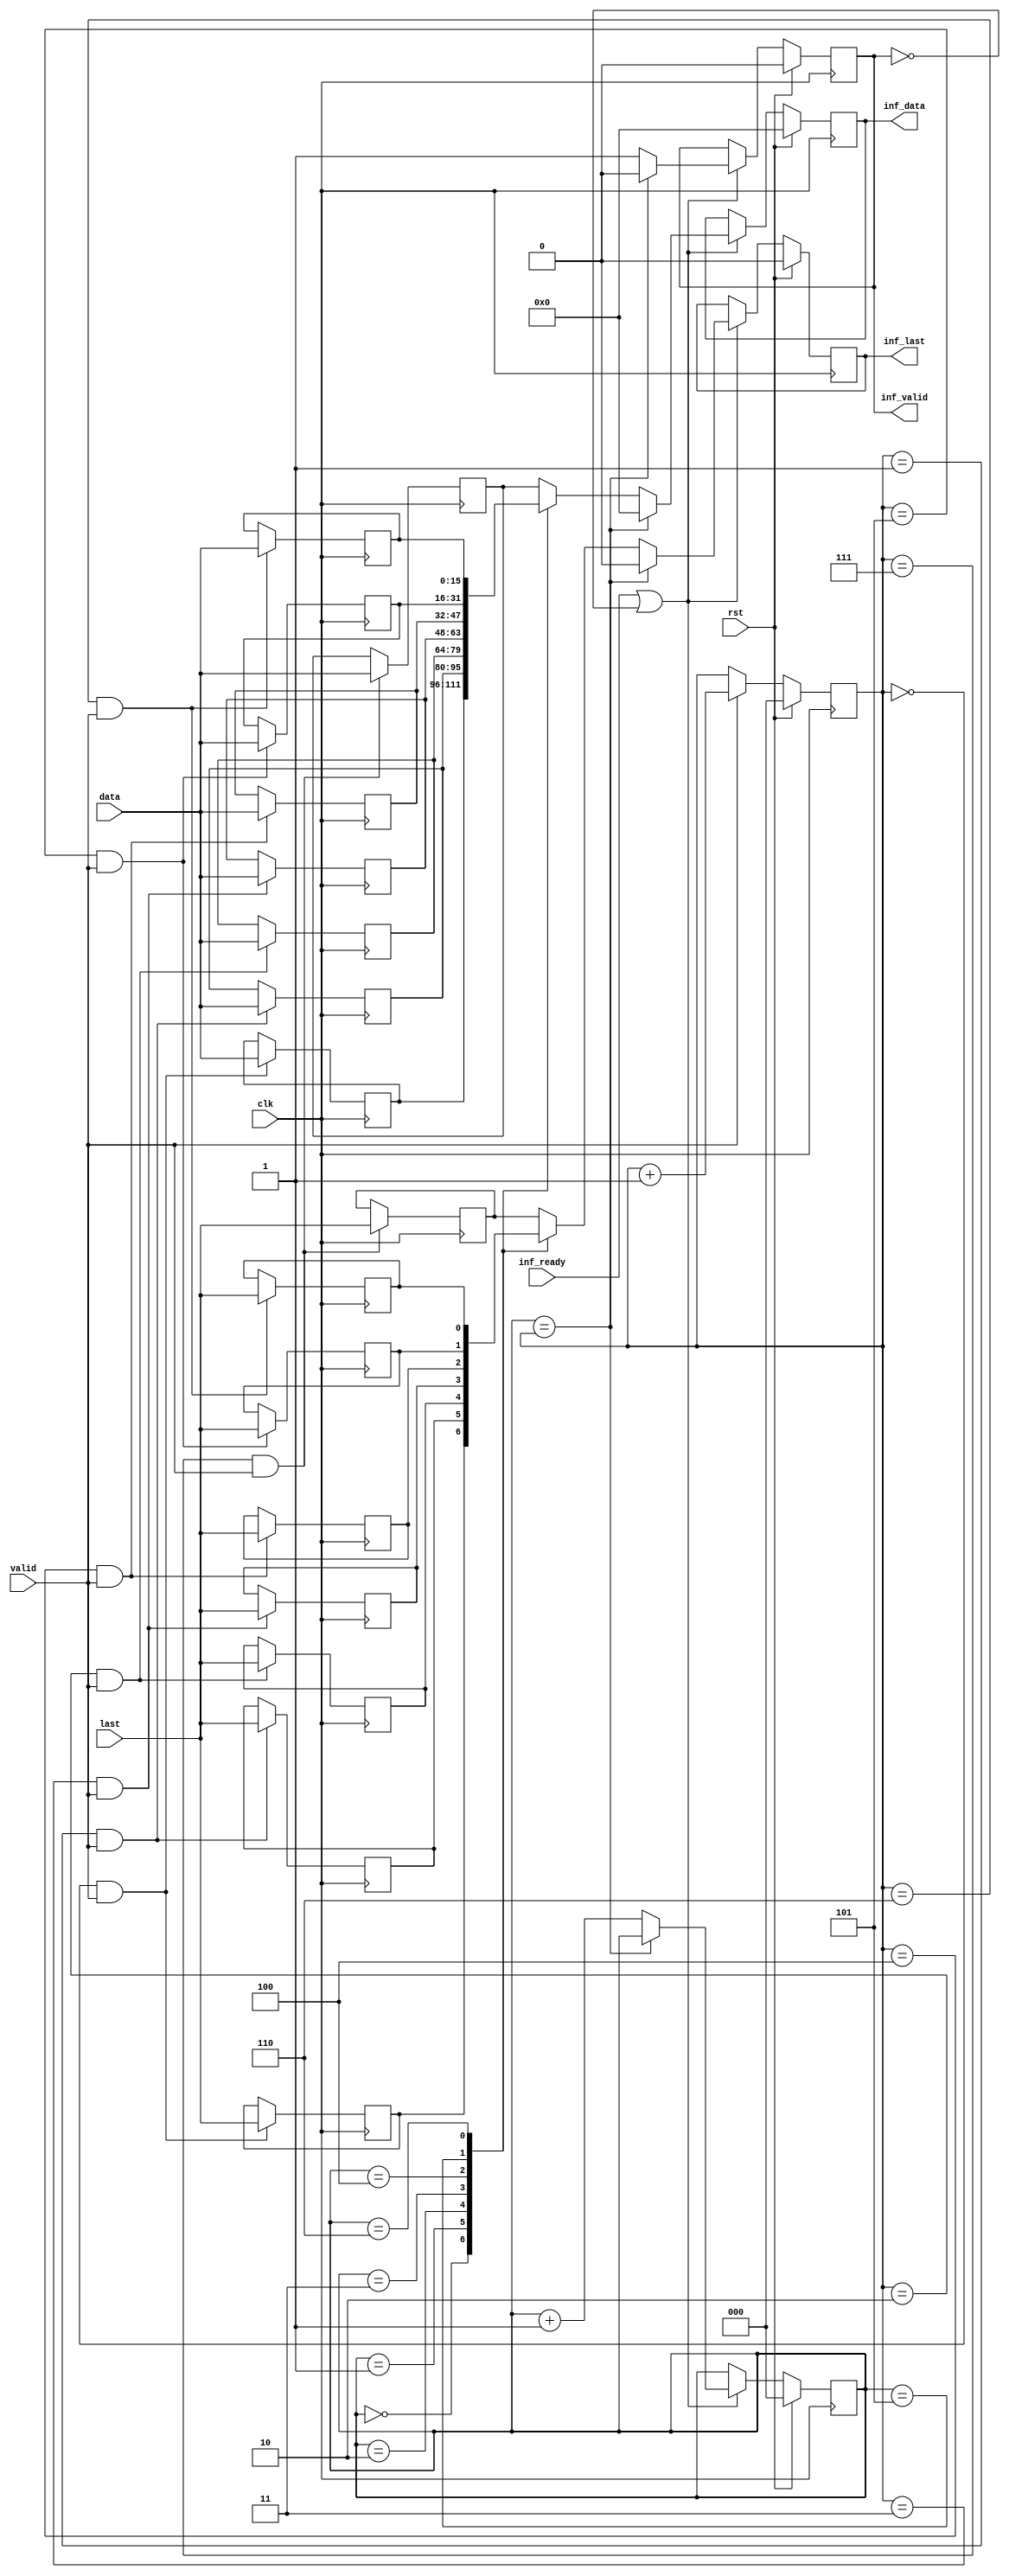
// ***************************************************************************
// ***************************************************************************
// Copyright 2014 - 2017 (c) Analog Devices, Inc. All rights reserved.
//
// In this HDL repository, there are many different and unique modules, consisting
// of various HDL (Verilog or VHDL) components. The individual modules are
// developed independently, and may be accompanied by separate and unique license
// terms.
//
// The user should read each of these license terms, and understand the
// freedoms and responsibilities that he or she has by using this source/core.
//
// This core is distributed in the hope that it will be useful, but WITHOUT ANY
// WARRANTY; without even the implied warranty of MERCHANTABILITY or FITNESS FOR
// A PARTICULAR PURPOSE.
//
// Redistribution and use of source or resulting binaries, with or without modification
// of this file, are permitted under one of the following two license terms:
//
//   1. The GNU General Public License version 2 as published by the
//      Free Software Foundation, which can be found in the top level directory
//      of this repository (LICENSE_GPL2), and also online at:
//      <https://www.gnu.org/licenses/old-licenses/gpl-2.0.html>
//
// OR
//
//   2. An ADI specific BSD license, which can be found in the top level directory
//      of this repository (LICENSE_ADIBSD), and also on-line at:
//      https://github.com/analogdevicesinc/hdl/blob/master/LICENSE_ADIBSD
//      This will allow to generate bit files and not release the source code,
//      as long as it attaches to an ADI device.
//
// ***************************************************************************
// ***************************************************************************

`timescale 1ns/100ps

module ad_axis_inf_rx #(

  parameter   DATA_WIDTH = 16) (

  // adi interface

  input                           clk,
  input                           rst,
  input                           valid,
  input                           last,
  input       [(DATA_WIDTH-1):0]  data,

  // xilinx interface

  output  reg                     inf_valid,
  output  reg                     inf_last,
  output  reg [(DATA_WIDTH-1):0]  inf_data,
  input                           inf_ready);

  // internal registers

  reg     [ 2:0]              wcnt = 'd0;
  reg                         wlast_0 = 'd0;
  reg     [(DATA_WIDTH-1):0]  wdata_0 = 'd0;
  reg                         wlast_1 = 'd0;
  reg     [(DATA_WIDTH-1):0]  wdata_1 = 'd0;
  reg                         wlast_2 = 'd0;
  reg     [(DATA_WIDTH-1):0]  wdata_2 = 'd0;
  reg                         wlast_3 = 'd0;
  reg     [(DATA_WIDTH-1):0]  wdata_3 = 'd0;
  reg                         wlast_4 = 'd0;
  reg     [(DATA_WIDTH-1):0]  wdata_4 = 'd0;
  reg                         wlast_5 = 'd0;
  reg     [(DATA_WIDTH-1):0]  wdata_5 = 'd0;
  reg                         wlast_6 = 'd0;
  reg     [(DATA_WIDTH-1):0]  wdata_6 = 'd0;
  reg                         wlast_7 = 'd0;
  reg     [(DATA_WIDTH-1):0]  wdata_7 = 'd0;
  reg     [ 2:0]              rcnt    = 'd0;

  // internal signals

  wire                        inf_ready_s;
  reg                         inf_last_s;
  reg     [(DATA_WIDTH-1):0]  inf_data_s;

  // write interface

  always @(posedge clk) begin
    if (rst == 1'b1) begin
      wcnt <= 'd0;
    end else if (valid == 1'b1) begin
      wcnt <= wcnt + 1'b1;
    end
    if ((wcnt == 3'd0) && (valid == 1'b1)) begin
      wlast_0 <= last;
      wdata_0 <= data;
    end
    if ((wcnt == 3'd1) && (valid == 1'b1)) begin
      wlast_1 <= last;
      wdata_1 <= data;
    end
    if ((wcnt == 3'd2) && (valid == 1'b1)) begin
      wlast_2 <= last;
      wdata_2 <= data;
    end
    if ((wcnt == 3'd3) && (valid == 1'b1)) begin
      wlast_3 <= last;
      wdata_3 <= data;
    end
    if ((wcnt == 3'd4) && (valid == 1'b1)) begin
      wlast_4 <= last;
      wdata_4 <= data;
    end
    if ((wcnt == 3'd5) && (valid == 1'b1)) begin
      wlast_5 <= last;
      wdata_5 <= data;
    end
    if ((wcnt == 3'd6) && (valid == 1'b1)) begin
      wlast_6 <= last;
      wdata_6 <= data;
    end
    if ((wcnt == 3'd7) && (valid == 1'b1)) begin
      wlast_7 <= last;
      wdata_7 <= data;
    end
  end

  // read interface

  assign inf_ready_s = inf_ready | ~inf_valid;

  always @(rcnt or wlast_0 or wdata_0 or wlast_1 or wdata_1 or
    wlast_2 or wdata_2 or wlast_3 or wdata_3 or wlast_4 or wdata_4 or
    wlast_5 or wdata_5 or wlast_6 or wdata_6 or wlast_7 or wdata_7) begin
    case (rcnt)
      3'd0: begin
        inf_last_s = wlast_0;
        inf_data_s = wdata_0;
      end
      3'd1: begin
        inf_last_s = wlast_1;
        inf_data_s = wdata_1;
      end
      3'd2: begin
        inf_last_s = wlast_2;
        inf_data_s = wdata_2;
      end
      3'd3: begin
        inf_last_s = wlast_3;
        inf_data_s = wdata_3;
      end
      3'd4: begin
        inf_last_s = wlast_4;
        inf_data_s = wdata_4;
      end
      3'd5: begin
        inf_last_s = wlast_5;
        inf_data_s = wdata_5;
      end
      3'd6: begin
        inf_last_s = wlast_6;
        inf_data_s = wdata_6;
      end
      default: begin
        inf_last_s = wlast_7;
        inf_data_s = wdata_7;
      end
    endcase
  end

  always @(posedge clk) begin
    if (rst == 1'b1) begin
      rcnt <= 'd0;
      inf_valid <= 'd0;
      inf_last <= 'b0;
      inf_data <= 'd0;
    end else if (inf_ready_s == 1'b1) begin
      if (rcnt == wcnt) begin
        rcnt <= rcnt;
        inf_valid <= 1'd0;
        inf_last <= 1'b0;
        inf_data <= 'd0;
      end else begin
        rcnt <= rcnt + 1'b1;
        inf_valid <= 1'b1;
        inf_last <= inf_last_s;
        inf_data <= inf_data_s;
      end
    end
  end

endmodule

// ***************************************************************************
// ***************************************************************************